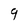
Character: 9